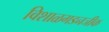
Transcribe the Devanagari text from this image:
विशाळगडनजीक